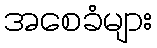
အစေခံများ